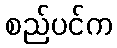
စည်ပင်က